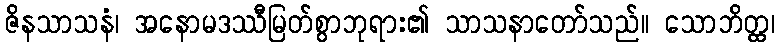
ဇိနသာသနံ၊ အနောမဒဿီမြတ်စွာဘုရား၏ သာသနာတော်သည်။ သောဘိတ္ထ၊